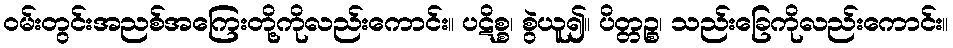
ဝမ်းတွင်းအညစ်အကြေးတို့ကိုလည်းကောင်း။ ပဋိစ္စ၊ စွဲယူ၍။ ပိတ္တဉ္စ၊ သည်းခြေကိုလည်းကောင်း။